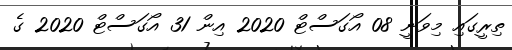
ތިރީގައި މިވަނީ 08 އޯގަސްޓް 2020 އިން 31 އޯގަސްޓް 2020 ގެ